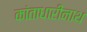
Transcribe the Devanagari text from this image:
कांताधारीनाथ